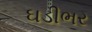
ઘડીભર